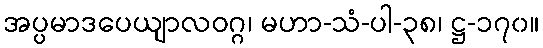
အပ္ပမာဒပေယျာလဝဂ္ဂ၊ မဟာ-သံ-ပါ-၃၈၊ ဋ္ဌ-၁၇၀။